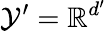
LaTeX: \mathcal{Y}^{\prime}=\mathbb{R}^{d^{\prime}}